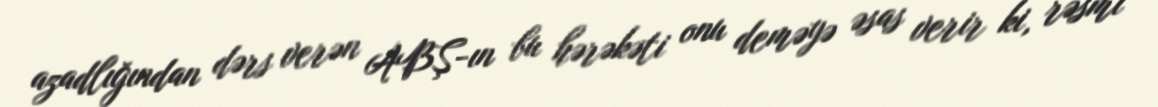
azadlığından dərs verən ABŞ-ın bu hərəkəti onu deməyə əsas verir ki, rəsmi